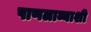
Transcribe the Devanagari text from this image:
पाणलाव्याशी